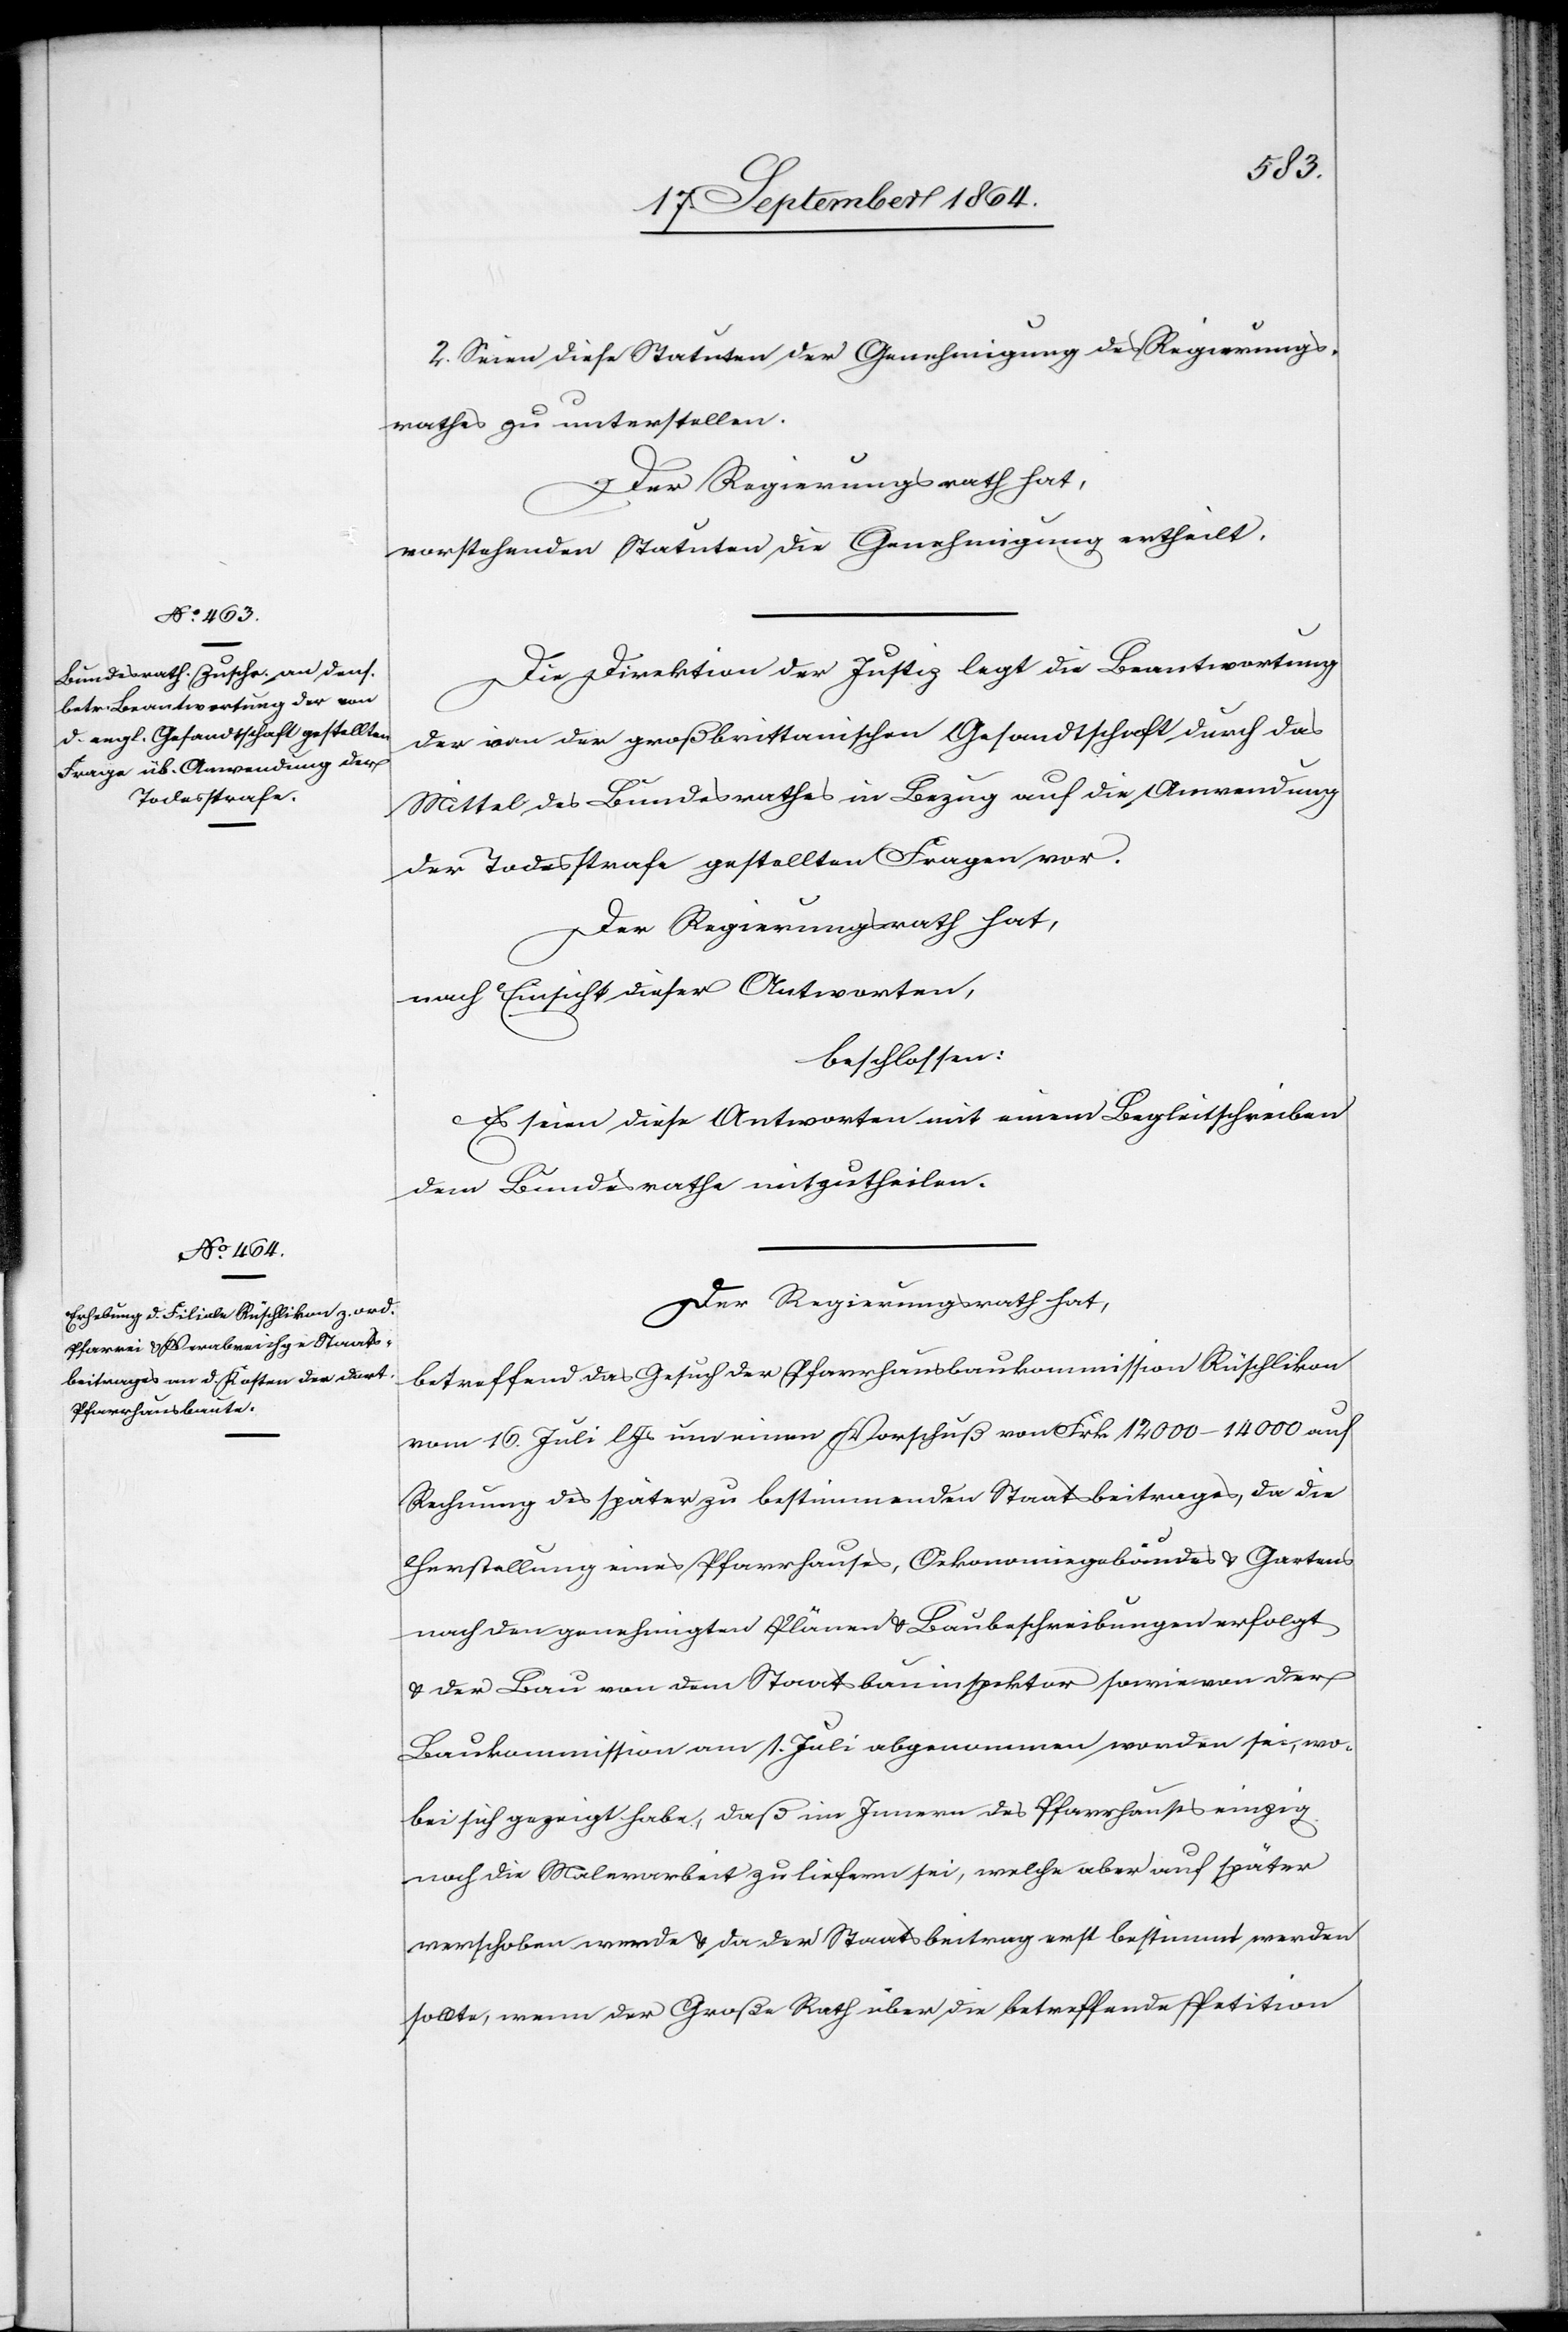
2. Seien diese Statuten der Genehmigung des Regierungs¬
rathes zu unterstellen.
Der Regierungsrath hat,
vorstehenden Statuten die Genehmigung ertheilt.
Die Direktion der Justiz legt die Beantwortung
der von der großbrittanischen Gesandtschaft durch das
Mittel des Bundesrathes in Bezug auf die Anwendung
der Todesstrafe gestellten Fragen vor.
Der Regierungsrath hat,
nach Einsicht dieser Antworten,
beschlossen:
Es seien diese Antworten mit einem Begleitschreiben
dem Bundesrathe mitzutheilen.
Der Regierungsrath hat,
betreffend das Gesuch der Pfarrhausbaukommission Rüschlikon
vom 16. Juli l. Js um einen Vorschuß von Frk. 12 000–14 000 auf
Rechnung des später zu bestimmenden Staatsbeitrages, da die
Herstellung eines Pfarrhauses, Oekonomiegebäudes & Gartens
nach den genehmigten Plänen & Baubeschreibungen erfolgt
& der Bau von dem Staatsbauinspektor sowie von der
Baukommission am 1. Juli abgenommen worden sei, wo¬
bei sich gezeigt habe, daß im Innern des Pfarrhauses einzig
noch die Malerarbeit zu liefern sei, welche aber auf später
verschoben werde & da der Staatsbeitrag erst bestimmt werden
sollte, wenn der Große Rath über die betreffende Petition